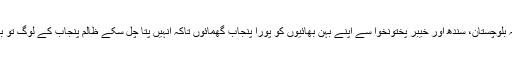
دل چاہتا ہے کہ بلوچستان، سندھ اور خیبر پختونخوا سے اپنے بہن بھائیوں کو پورا پنجاب گھمائوں تاکہ انہیں پتا چل سکے ظالم پنجاب کے لوگ تو بڑے مظلوم ہیں۔